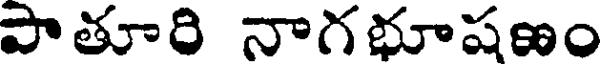
పాతూరి నాగభూషణం